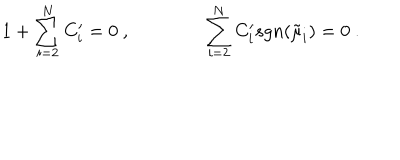
LaTeX: 1 + \sum _ { i = 2 } ^ { N } C _ { i } ^ { \prime } = 0 \ , \qquad \qquad \sum _ { i = 2 } ^ { N } C _ { i } ^ { \prime } s g n ( \tilde { \mu } _ { i } ) = 0 \ .